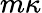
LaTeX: m\kappa